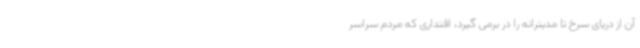
آن از دریای سرخ تا مدیترانه را در برمی گیرد، اقتداری که مردم سراسر